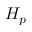
H _ { p }